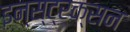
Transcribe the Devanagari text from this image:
इन्स्ट्रक्सन